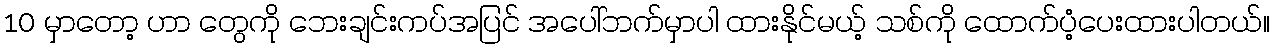
10 မှာတော့ ဟာ တွေကို ဘေးချင်းကပ်အပြင် အပေါ်ဘက်မှာပါ ထားနိုင်မယ့် သစ်ကို ထောက်ပံ့ပေးထားပါတယ်။